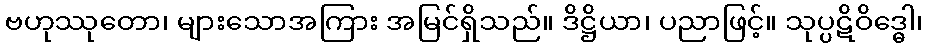
ဗဟုဿုတော၊ များသောအကြား အမြင်ရှိသည်။ ဒိဋ္ဌိယာ၊ ပညာဖြင့်။ သုပ္ပဋိဝိဒ္ဓေါ၊